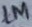
Text: 1M